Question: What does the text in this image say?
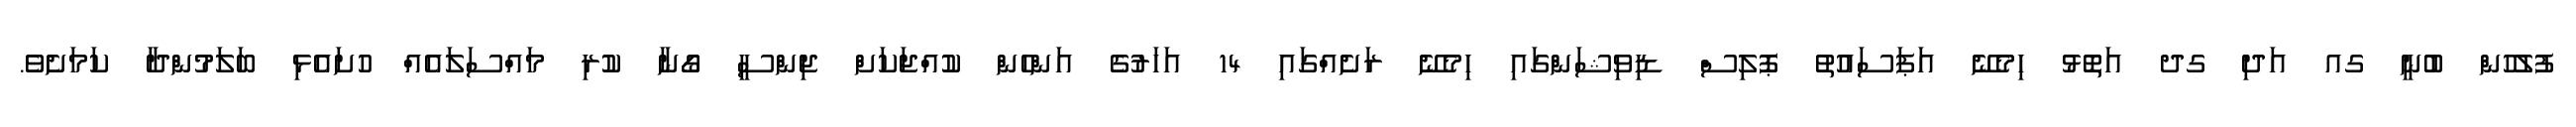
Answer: ފުލުހުން ބުނީ ގއ އަދި ގދ އަތޮޅު ހިމެނޭ އަޕަސައުތު ޕޮލިސް ޑިވިޝަންގައި ހިމެނޭ ރަށެއްގައި 14 އަހަރުގެ އަންހެން ކުއްޖަކަށް ޖިންސީ ގޯނާ ކުރި މައްސަލައެއް ހުށައެޅި ބަލަމުންދާ ކަމަށެވެ.